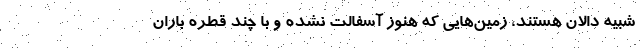
شبیه دالان‌ هستند، زمین‌هایی که هنوز آسفالت نشده و با چند قطره باران